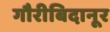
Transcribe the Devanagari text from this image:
गौरीबिदानूर